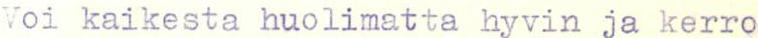
Voi kaikesta huolimatta hyvin ja kerro